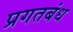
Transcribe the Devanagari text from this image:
प्रगतबंध